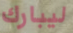
ليبارك